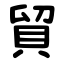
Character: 貿